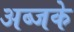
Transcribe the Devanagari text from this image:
अब्जके